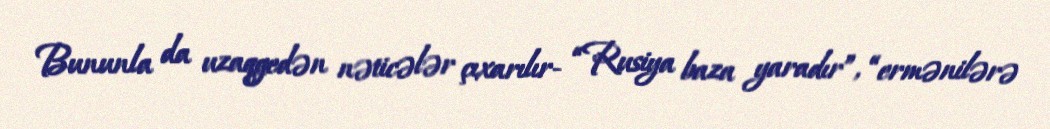
Bununla da uzaqgedən nəticələr çıxarılır- “Rusiya baza yaradır”, “ermənilərə